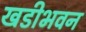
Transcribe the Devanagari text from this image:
खडीभवन